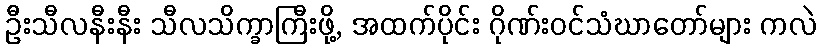
ဦးသီလနီးနီး သီလသိက္ခာကြီးဖို့, အထက်ပိုင်း ဂိုဏ်းဝင်သံဃာတော်များ ကလဲ